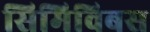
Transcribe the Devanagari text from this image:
सिमिविबस